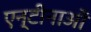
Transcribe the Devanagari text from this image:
एन्टीनाओं